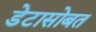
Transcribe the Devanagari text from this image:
डेटासोबत